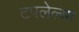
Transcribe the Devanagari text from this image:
टपलेल्या